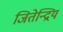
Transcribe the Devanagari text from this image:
जितेन्द्रियं